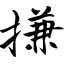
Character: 搛